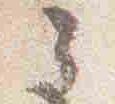
候